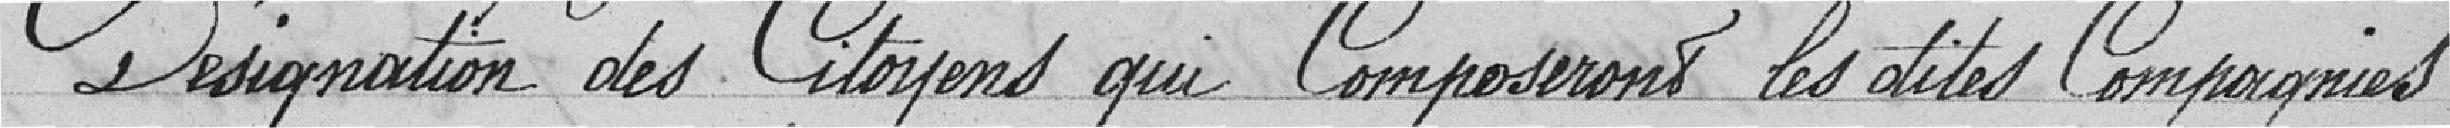
Désignation des Citoyens qui composeront les dites Compagnies